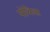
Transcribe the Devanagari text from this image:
पोथिआ